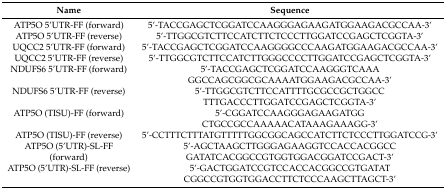
<table><thead><tr><td><b>Name</b></td><td><b>Sequence</b></td></tr></thead><tbody><tr><td>ATP5O 5’UTR-FF (forward)</td><td>5’-TACCGAGCTCGGATCCAAGGGAGAAGATGGAAGACGCCAA-3’</td></tr><tr><td>ATP5O 5’UTR-FF (reverse)</td><td>5’-TTGGCGTCTTCCATCTTCTCCCTTGGATCCGAGCTCGGTA-3’</td></tr><tr><td>UQCC2 5’UTR-FF (forward)</td><td>5’-TACCGAGCTCGGATCCAAGGGGCCCAAGATGGAAGACGCCAA-3’</td></tr><tr><td>UQCC2 5’UTR-FF (reverse)</td><td>5’-TTGGCGTCTTCCATCTTGGGCCCCTTGGATCCGAGCTCGGTA-3’</td></tr><tr><td>NDUFS6 5’UTR-FF (forward)</td><td>5’-TACCGAGCTCGGATCCAAGGGTCAAAGGCCAGCGGCGCAAAATGGAAGACGCCAA-3’</td></tr><tr><td>NDUFS6 5’UTR-FF (reverse)</td><td>5’-TTGGCGTCTTCCATTTTGCGCCGCTGGCCTTTGACCCTTGGATCCGAGCTCGGTA-3’</td></tr><tr><td>ATP5O (TISU)-FF (forward)</td><td>5’-CGGATCCAAGGGAGAAGATGGCTGCCGCCAAAAACATAAAGAAAGG-3’</td></tr><tr><td>ATP5O (TISU)-FF (reverse)</td><td>5’-CCTTTCTTTATGTTTTTGGCGGCAGCCATCTTCTCCCTTGGATCCG-3’</td></tr><tr><td>ATP5O (5’UTR)-SL-FF (forward)</td><td>5’-AGCTAAGCTTGGGAGAAGGTCCACCACGGCCGATATCACGGCCGTGGTGGACGGATCCGACT-3’</td></tr><tr><td>ATP5O (5’UTR)-SL-FF (reverse)</td><td>5’-GACTGGATCCGTCCACCACGGCCGTGATATCGGCCGTGGTGGACCTTCTCCCAAGCTTAGCT-3’</td></tr></tbody></table>